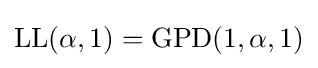
\operatorname {LL} (\alpha ,1)=\operatorname {GPD} (1,\alpha ,1)